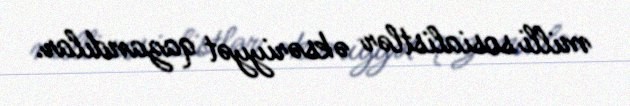
milli sosialistlər əksəriyyət qazandılar.